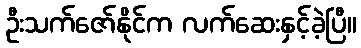
ဦးသက်ဇော်နိုင်က လက်ဆေးနှင့်ခဲ့ပြီ။